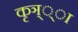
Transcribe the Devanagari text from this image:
कृञ््‌ा